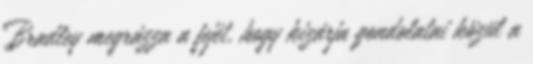
Bradley megrázza a fejét, hogy kizárja gondolatai közül a